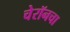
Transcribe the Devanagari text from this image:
चेरॉनचा